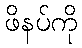
ဖိနပ်ကို